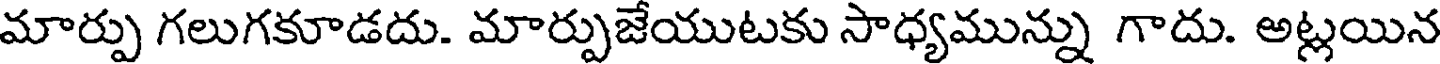
మార్పు గలుగకూడదు. మార్పుజేయుటకు సాధ్యమున్ను గాదు. అట్లయిన